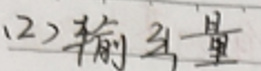
(2)输出量